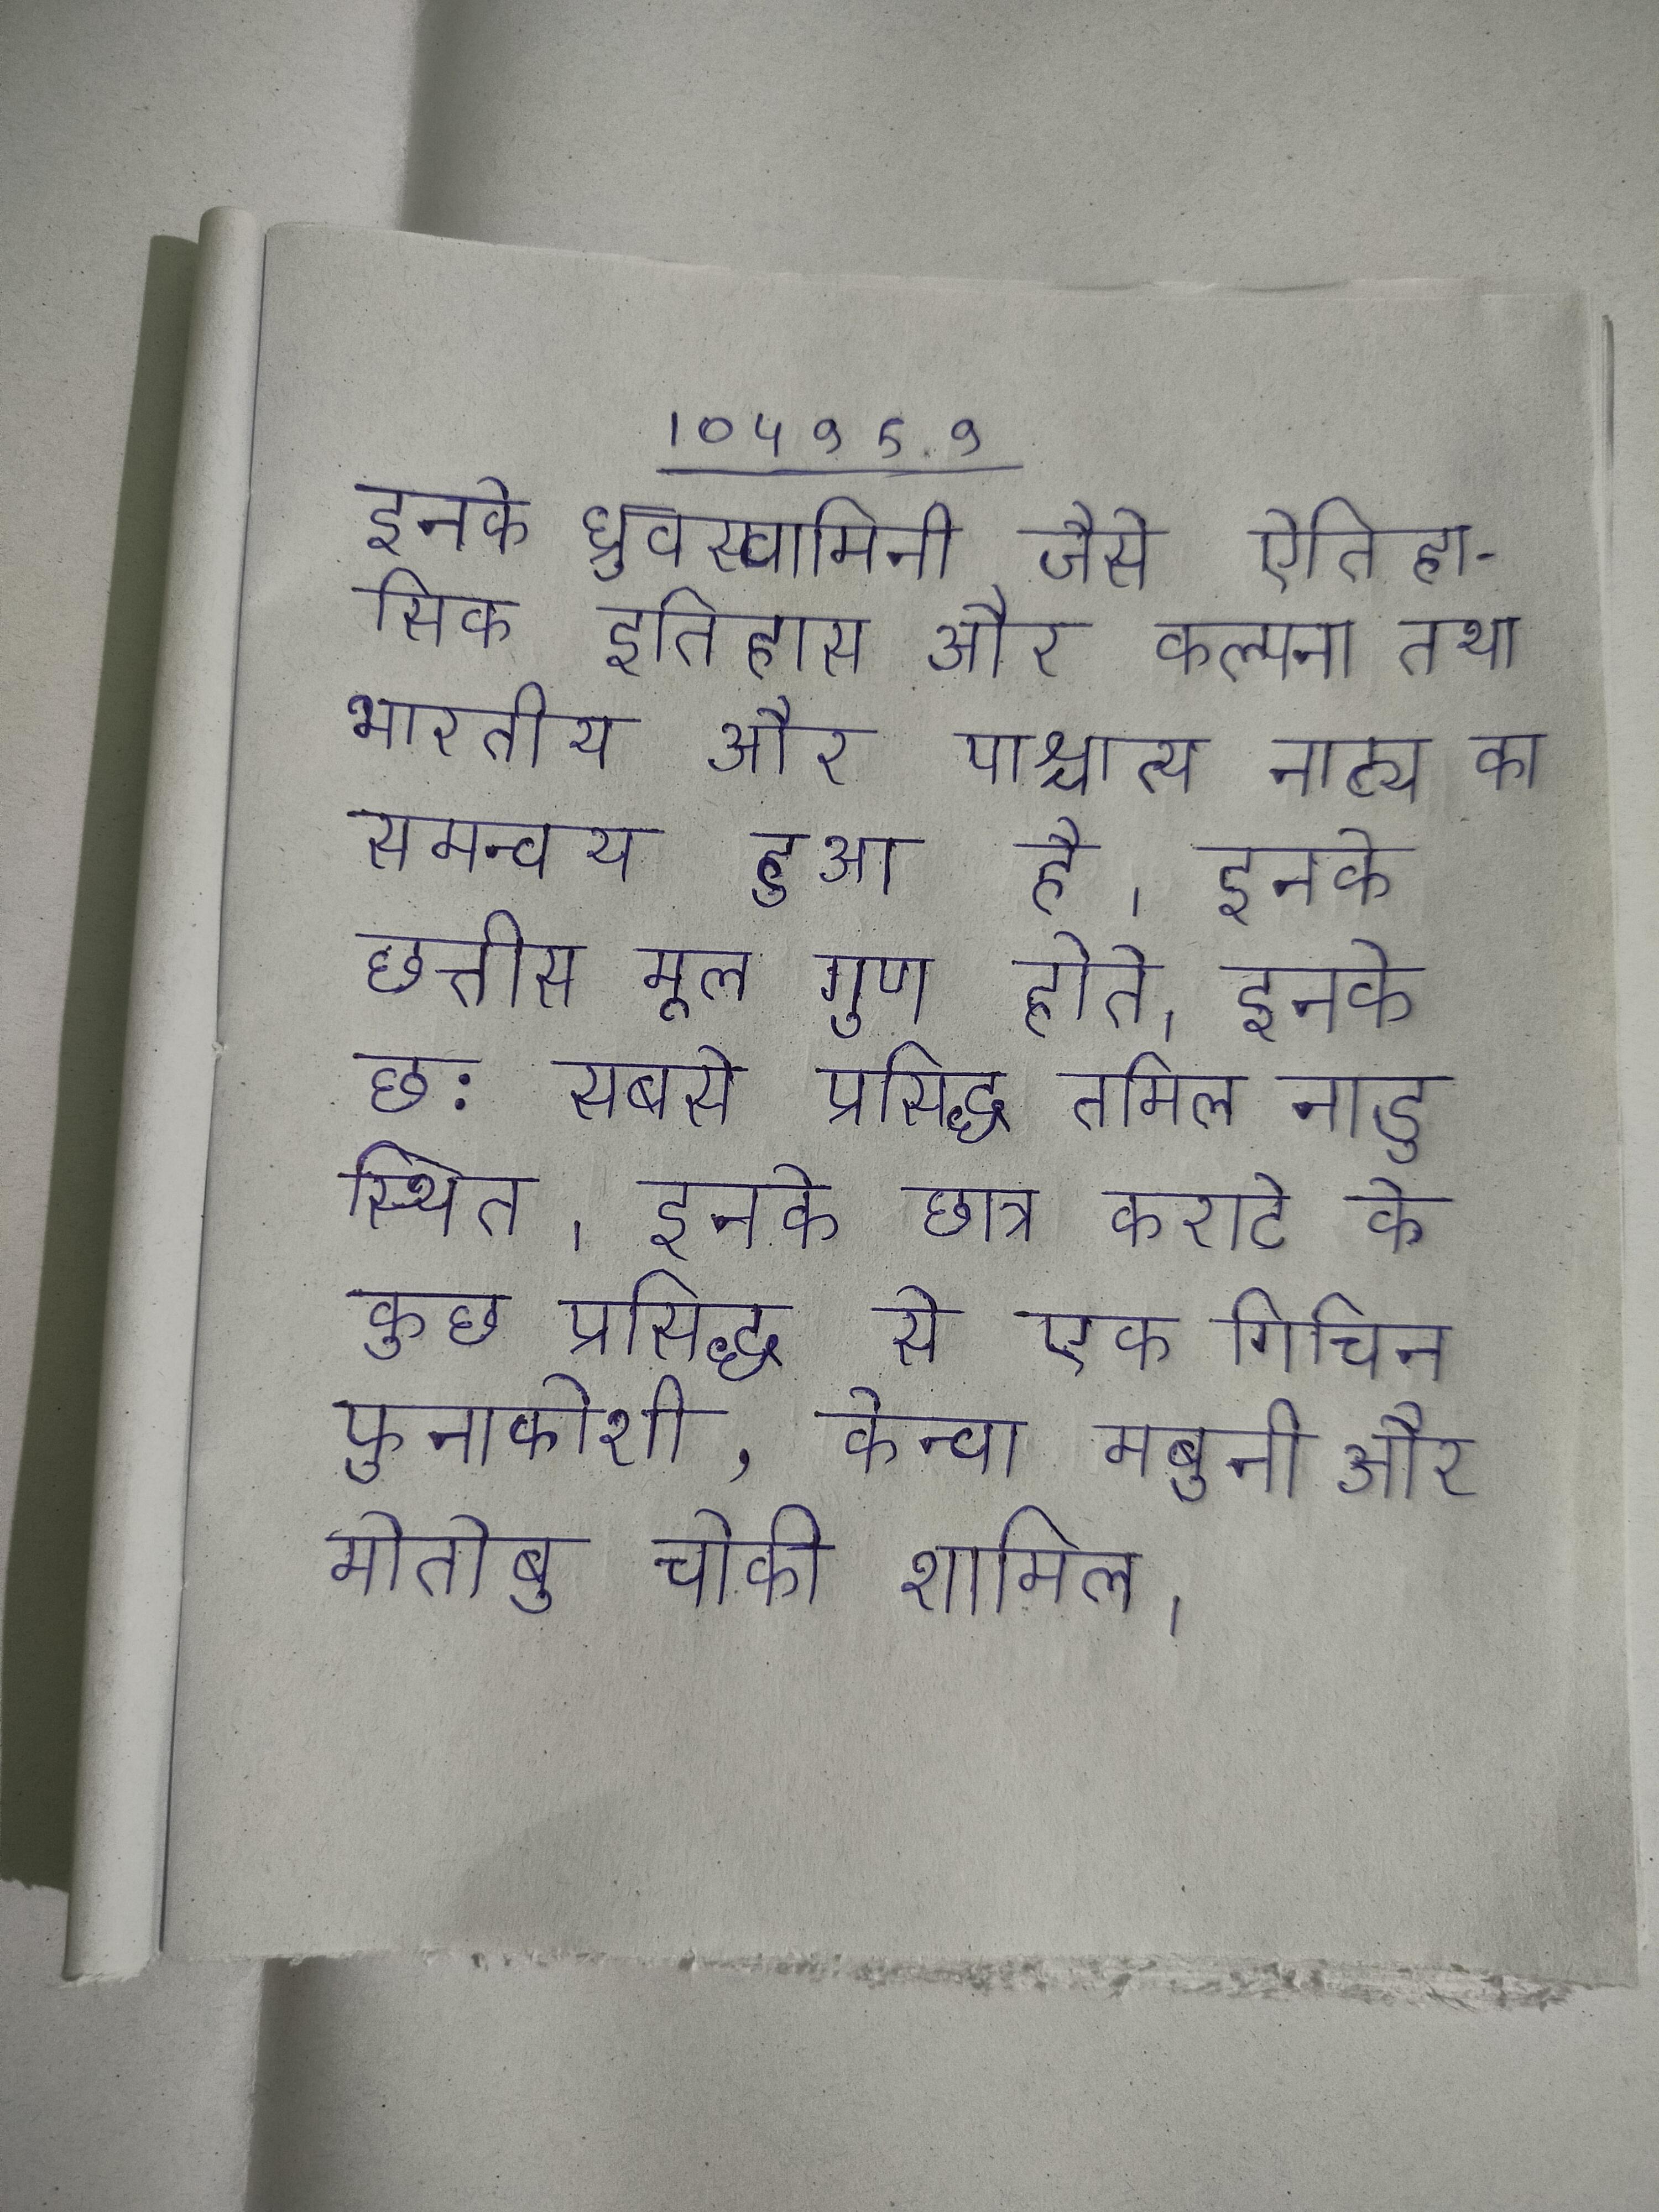
इनके ध्रुवस्वामिनी जैसे ऐतिहासिक इतिहास और कल्पना तथा भारतीय और पाश्चात्य नाट्य का समन्वय हुआ है । इनके छत्तीस मूल गुण होते । इनके छ: सबसे प्रसिद्ध तमिल नाडु स्थित । इनके छात्र कराटे के कुछ प्रसिद्ध से एक गिचिन फुनाकोशी, केन्वा मबुनी और मोतोबु चोकी शामिल ।